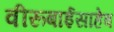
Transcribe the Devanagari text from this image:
वीरूबाईसाहेब